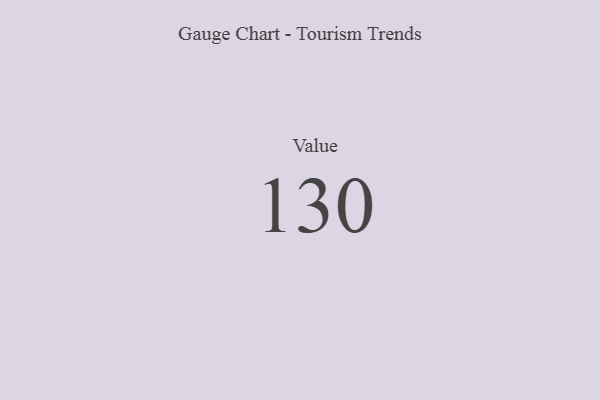
{"axis": {"x": "Metric", "y": "Value"}, "legend": [""], "data": [{"x": "Value", "y": 130, "type": ""}]}